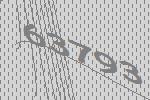
63793